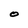
Character: O